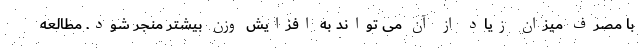
با مصرف میزان زیاد از آن می تواند به افزایش وزن بیشتر منجر شود. مطالعه